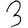
Digit: 3